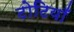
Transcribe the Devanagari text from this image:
टोटियाँ